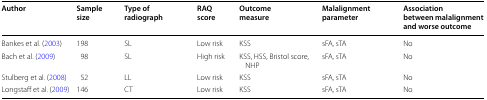
| Author | Sample size | Type of radiograph | RAQ score | Outcome measure | Malalignment parameter | Association between malalignment and worse outcome |
 | --- | --- | --- | --- | --- | --- | --- |
 | Bankes et al. (2003) | 198 | SL | Low risk | KSS | sFA, sTA | No |
 | Bach et al. (2009) | 98 | SL | High risk | KSS, HSS, Bristol score, NHP | sFA, sTA | No |
 | Stulberg et al. (2008) | 52 | LL | Low risk | KSS | sFA, sTA | No |
 | Longstaff et al. (2009) | 146 | CT | Low risk | KSS | sFA, sTA | No |